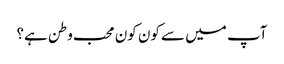
آپ میں سے کون کون محب وطن ہے؟